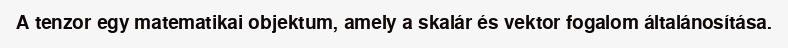
A tenzor egy matematikai objektum, amely a skalár és vektor fogalom általánosítása.